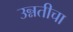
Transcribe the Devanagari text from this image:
उन्नतीचा